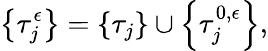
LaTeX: \left\{ \tau_{j}^{\epsilon}\right\} =\left\{ \tau_{j}\right\} \cup\left\{ \tau_{j}^{0,\epsilon}\right\} ,